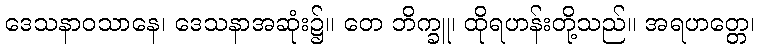
ဒေသနာဝသာနေ၊ ဒေသနာအဆုံး၌။ တေ ဘိက္ခူ၊ ထိုရဟန်းတို့သည်။ အရဟတ္တေ၊